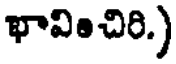
భావించిరి.)